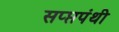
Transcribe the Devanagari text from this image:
सप्प्तपंथी